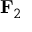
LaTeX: { \bf { F } } _ { 2 }